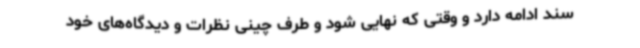
سند ادامه دارد و وقتی که نهایی شود و طرف چینی نظرات و دیدگاه‌های خود